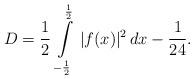
LaTeX: \begin{align*}D=\frac{1}{2}\,\int\limits_{-\frac{1}{2}}^{\frac{1}{2}}\,|f(x)|^2\,dx-\frac{1}{24}.\end{align*}